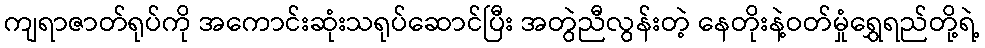
ကျရာဇာတ်ရုပ်ကို အကောင်းဆုံးသရုပ်ဆောင်ပြီး အတွဲညီလွန်းတဲ့ နေတိုးနဲ့ဝတ်မှုံရွှေရည်တို့ရဲ့